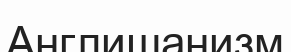
Англишанизм